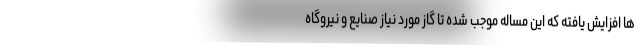
ها افزایش یافته که این مساله موجب شده تا گاز مورد نیاز صنایع و نیروگاه